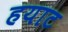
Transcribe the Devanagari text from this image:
हयाट